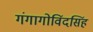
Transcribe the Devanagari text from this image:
गंगागोविंदसिंह